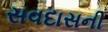
સવદાસની